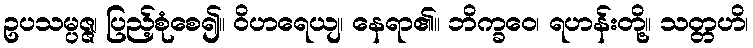
ဥပသမ္ပဇ္ဇ၊ ပြည့်စုံစေ၍။ ဝိဟရေယျ၊ နေရာ၏။ ဘိက္ခဝေ၊ ရဟန်းတို့။ သတ္တဟိ၊